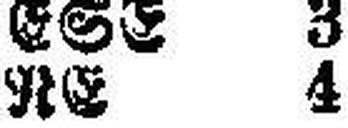
RE 4